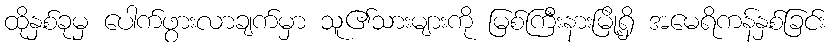
ထိုနှစ်ခုမှ ပေါက်ဖွားလာချက်မှာ သူ၏သားများကို မြစ်ကြီးနားမြို့ရှိ အမေရိကန်နှစ်ခြင်း